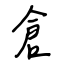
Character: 倉